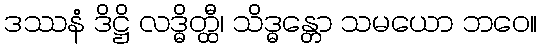
ဒဿနံ ဒိဋ္ဌိ လဒ္ဓိတ္ထီ၊ သိဒ္ဓန္တော သမယော ဘဝေ။